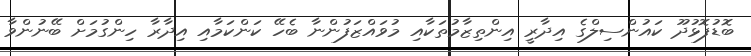
ބޮޑުފޮޅުދޫ ކައުންސިލްގެ އިދާރީ އިންތިޒާމުތަކާއި މުވައްޒަފުންނާ ބެހޭ ކަންކަމާއި އިދާރާ ހިންގުމަށް ބޭނުންވާ